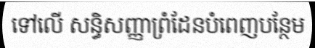
ទៅលើ សន្ធិសញ្ញាព្រំដែនបំពេញបន្ថែម